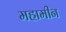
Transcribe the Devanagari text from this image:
महामीन